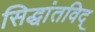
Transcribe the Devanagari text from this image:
सिद्धांतविद्